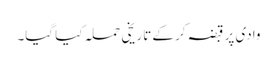
وادی پر قبضہ کر کے تاریخی حملہ کیا گیا۔